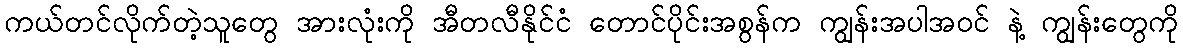
ကယ်တင်လိုက်တဲ့သူတွေ အားလုံးကို အီတလီနိုင်ငံ တောင်ပိုင်းအစွန်က ကျွန်းအပါအဝင် နဲ့ ကျွန်းတွေကို